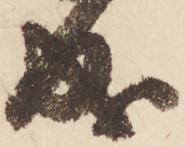
成